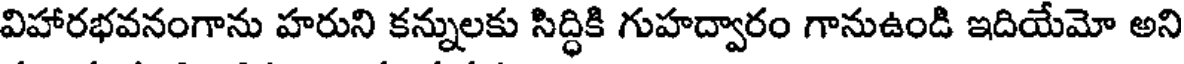
విహారభవనంగాను హరుని కన్నులకు సిద్ధికి గుహద్వారం గానుఉండి ఇదియేమో అని